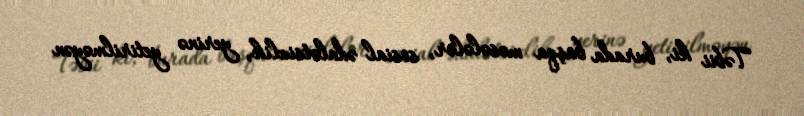
Təbii ki, burada başqa məsələlər, sosial ədalətsizlik, yerinə yetirilməyən